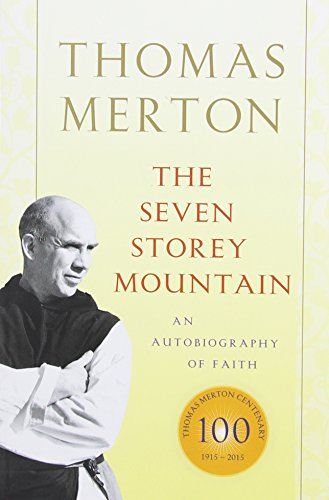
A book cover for The Seven Storey Mountain; Thomas Merton; Literature & Fiction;